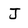
Character: J